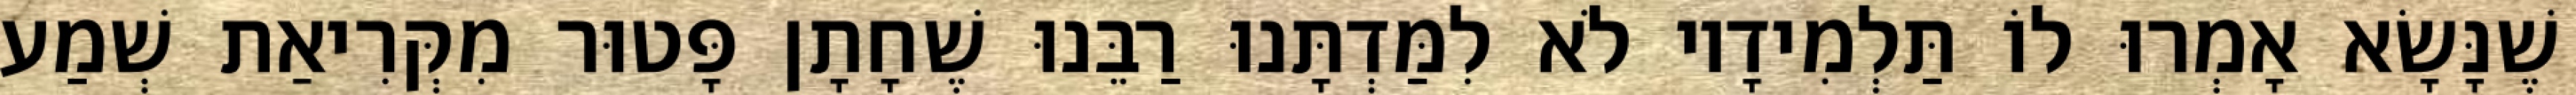
שֶׁנָּשָׂא אָמְרוּ לוֹ תַּלְמִידָיו לֹא לִמַּדְתָּנוּ רַבֵּנוּ שֶׁחָתָן פָּטוּר מִקְּרִיאַת שְׁמַע